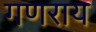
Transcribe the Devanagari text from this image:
गणराय